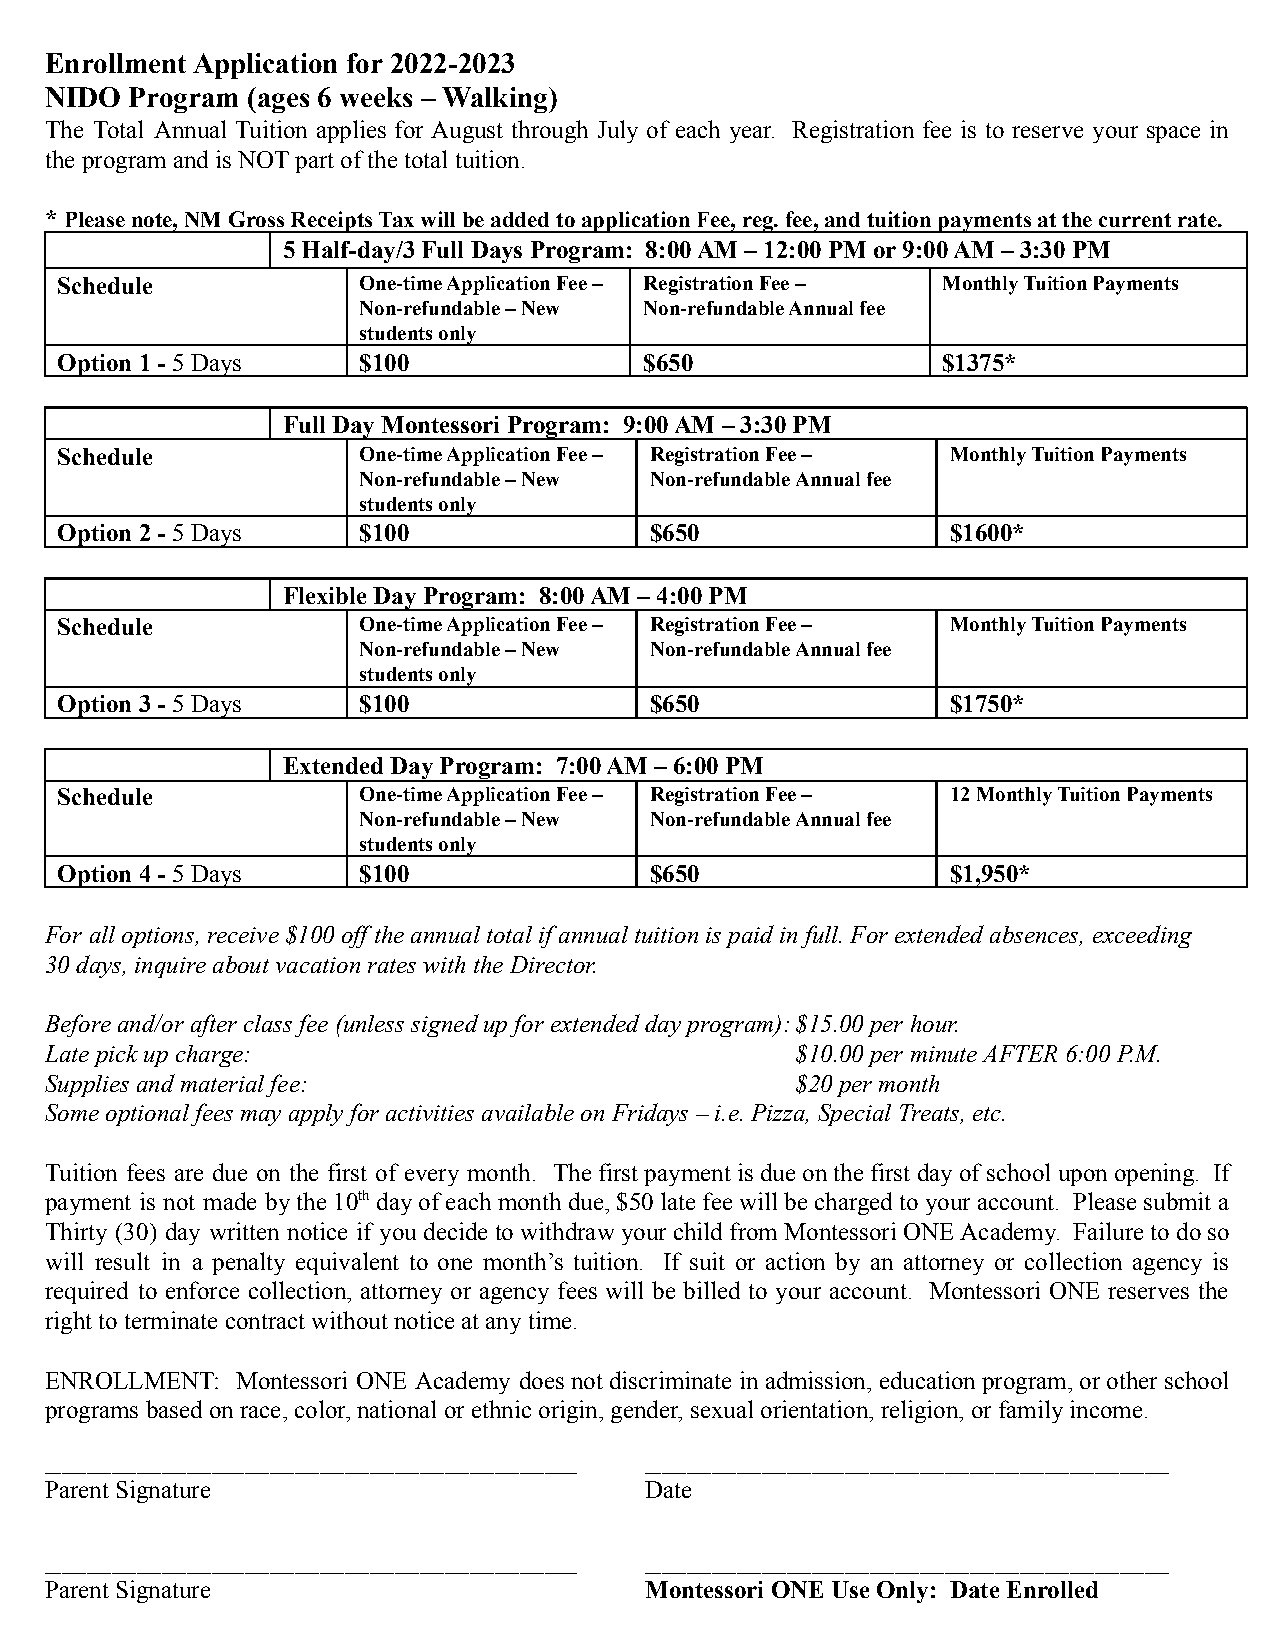
Enrollment Application for 2022-2023
 NIDO  Program (ages 6 weeks – Walking)
 The Total Annual Tuition applies for August through July of each year. Registration fee is to reserve your space in
 the program and is NOT part of the total tuition.
 *Please note, NM Gross Receipts Tax will be addedto application Fee, reg. fee, and tuition payments at the current rate.
 5 Half-day/3 Full Days Program: 8:00 AM – 12:00 PM or 9:00 AM – 3:30 PM
 Schedule            One-time Application Fee – Registration Fee – Monthly Tuition Payments
 Non-refundable – New Non-refundable Annual fee
 students only
 Option 1 - 5 Days   $100               $650               $1375*
 Full Day Montessori Program: 9:00 AM – 3:30 PM
 Schedule            One-time Application Fee – Registration Fee – Monthly Tuition Payments
 Non-refundable – New Non-refundable Annual fee
 students only
 Option 2 - 5 Days   $100               $650                $1600*
 Flexible Day Program: 8:00 AM – 4:00 PM
 Schedule            One-time Application Fee – Registration Fee – Monthly Tuition Payments
 Non-refundable – New Non-refundable Annual fee
 students only
 Option 3 - 5 Days   $100               $650                $1750*
 Extended Day Program: 7:00 AM – 6:00 PM
 Schedule            One-time Application Fee – Registration Fee – 12 Monthly Tuition Payments
 Non-refundable – New Non-refundable Annual fee
 students only
 Option 4 - 5 Days   $100               $650                $1,950*
 For all options, receive $100 off the annual total if annual tuition is paid in full. For extended absences, exceeding
 30 days, inquire about vacation rates with the Director.
 Before and/or after class fee (unless signed up for extended day program):$15.00 per hour.
 Late pick up charge:                              $10.00 per minute AFTER 6:00 P.M.
 Supplies and material fee:                        $20 per month
 Some optional fees may apply for activities available on Fridays – i.e. Pizza, Special Treats, etc.
 Tuition fees are due on the first of every month. Thefirst paymentis dueonthefirst dayof school uponopening. If
 payment is not made bythe10thdayof each monthdue,$50latefeewill bechargedtoyour account. Pleasesubmita
 Thirty (30) day written notice if youdecidetowithdraw your childfrom MontessoriONEAcademy. Failure todoso
 will result in a penalty equivalent to one month’s tuition. If suit or action by an attorney or collection agency is
 required to enforce collection, attorney or agency fees will be billed to your account. Montessori ONE reserves the
 right to terminate contract without notice at any time.
 ENROLLMENT:  Montessori ONE Academy doesnotdiscriminate inadmission, educationprogram, orotherschool
 programs based on race, color, national or ethnic origin, gender, sexual orientation, religion, or family income.
 ________________________________________________________________ _______________________________________________________________
 Parent Signature                        Date
 ________________________________________________________________ _______________________________________________________________
 Parent Signature                        Montessori ONE Use Only: Date Enrolled